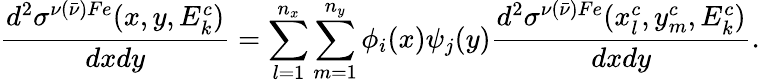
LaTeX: \frac{d^{2}\sigma^{\nu(\bar{\nu})Fe}(x,y,E_{k}^{c})}{dxdy}=\sum_{l=1}^{n_{x}}\sum_{m=1}^{n_{y}}\phi_{i}(x)\psi_{j}(y)\frac{d^{2}\sigma^{\nu(\bar{\nu})Fe}(x_{l}^{c},y_{m}^{c},E_{k}^{c})}{dxdy}.